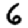
Digit: 6